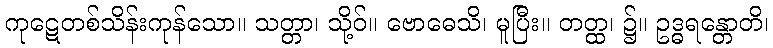
ကုဋေတစ်သိန်းကုန်သော။ သတ္တာ၊ သို့ဝ်။ ဗောဓေသိ၊ မူပြီး။ တတ္ထ၊ ၌။ ဥဒ္ဓရန္တောတိ၊